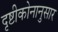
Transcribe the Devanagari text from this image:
दृष्टीकोनानुसार